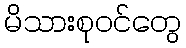
မိသားစုဝင်တွေ